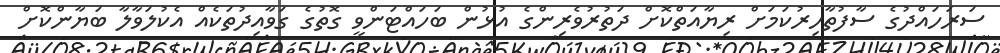
ސަރަހައްދުގެ ސާފުތާހިރުކަމަށް ރިޔާއަތްކޮށް ދަތުރުވެރިންގެ އުޅުން ބަހައްޓަންވީ ގޮތުގެ ގަވާއިދުތަކެއް އެކުލަވާލާ ބަޔާންކޮށް